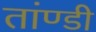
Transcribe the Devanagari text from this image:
तांण्डी